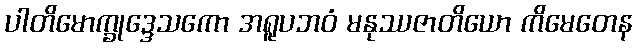
ပါတိမောက္ခုဒ္ဒေသကော အရူပဘဝံ မနုဿဇာတိယော ကိမေတေန